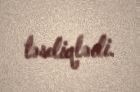
təsdiqlədi.